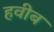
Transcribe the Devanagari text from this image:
हवीब